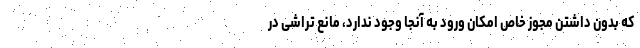
که بدون داشتن مجوز خاص امکان ورود به آنجا وجود ندارد، مانع تراشی در